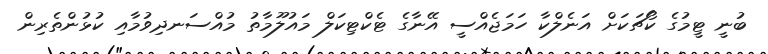
ބުނީ ޓީމުގެ ކޯޗަކަށް އަނެލްކާ ހަމަޖެއްސީ އޭނާގެ ޓެކްޓިކަލް މައުލޫމާތު މުއްސަނދިވުމާއި ކުޅުންތެރިން